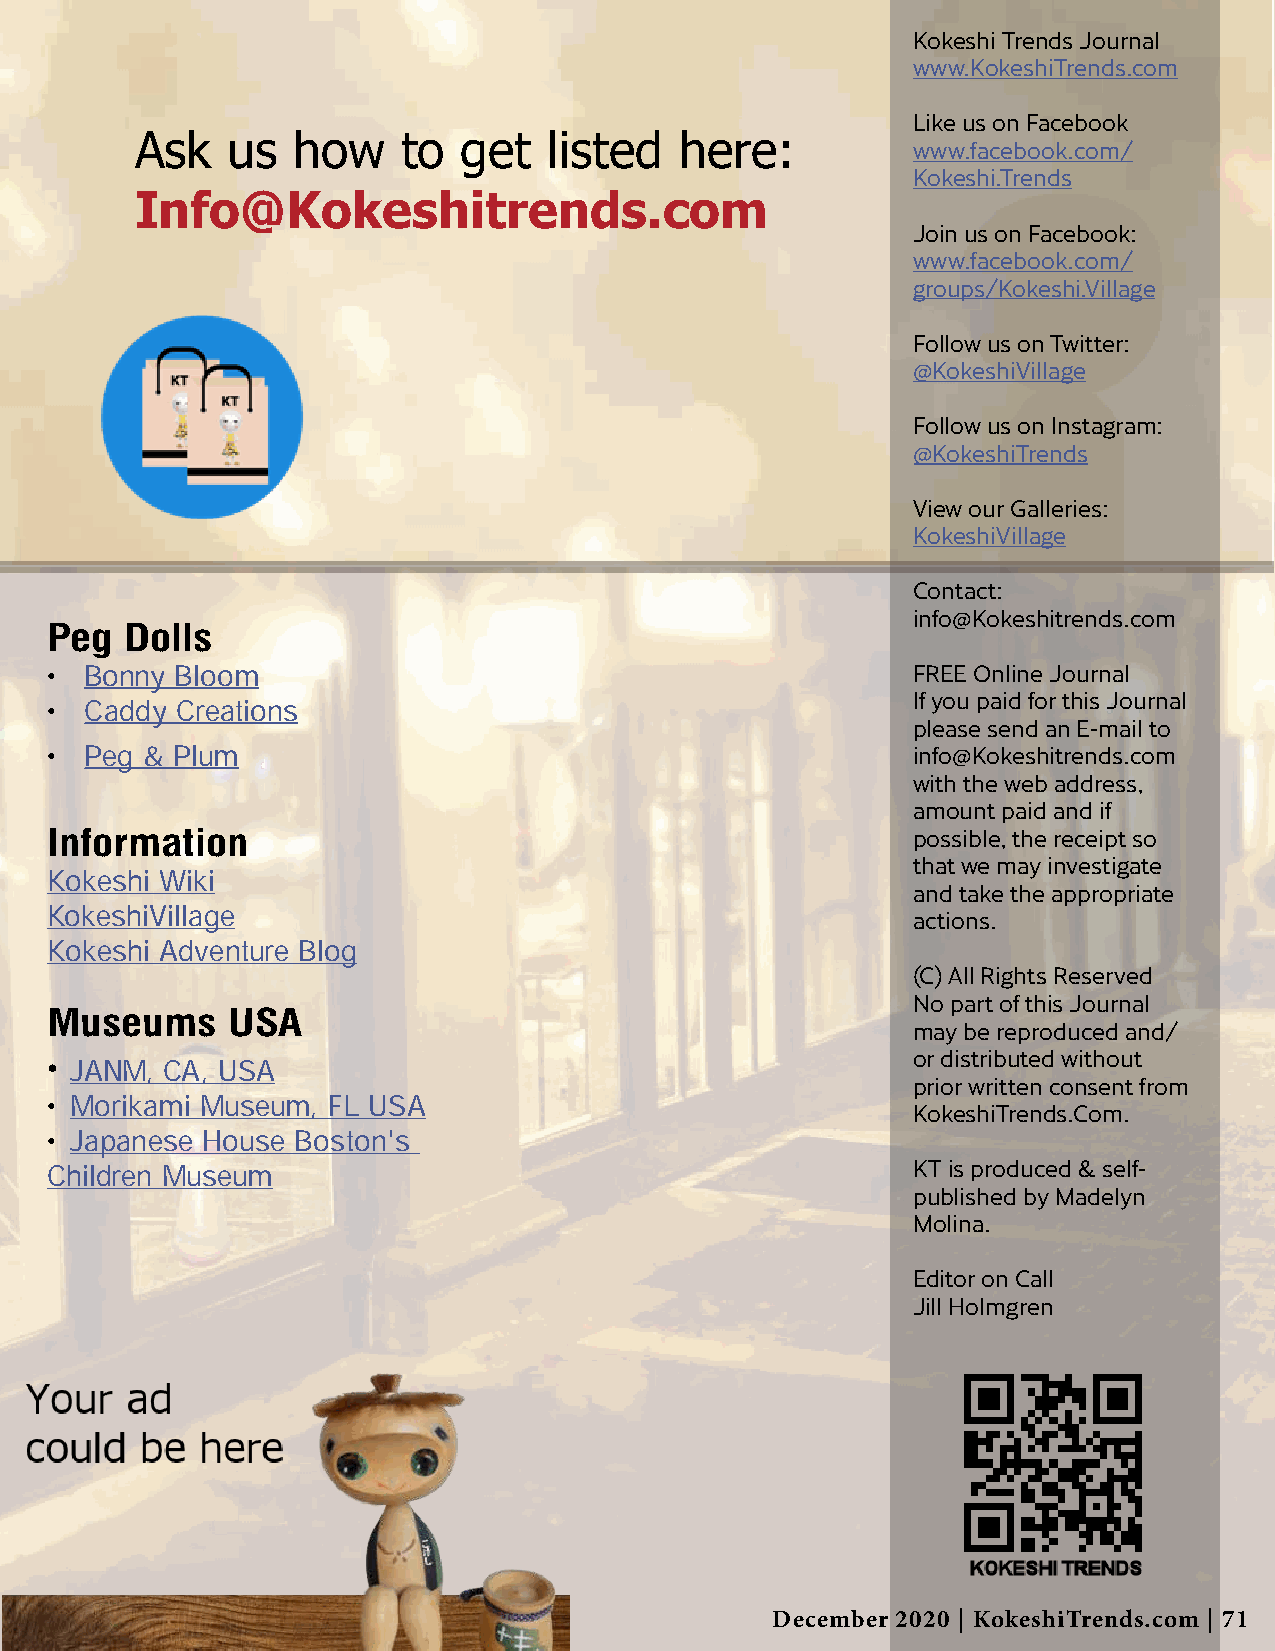
Kokeshi Trends Journal
 www.KokeshiTrends.com
 Like us on Facebook
 Ask   us  how     to  get  listed   here:          www.facebook.com/
 Kokeshi.Trends
 Info@Kokeshitrends.com
 Join us on Facebook:
 www.facebook.com/
 groups/Kokeshi.Village
 Follow us on Twitter:
 @KokeshiVillage
 Follow us on Instagram:
 @KokeshiTrends
 View our Galleries:
 KokeshiVillage
 Contact:
 info@Kokeshitrends.com
 Peg  Dolls
 •  Bonny Bloom                                           FREE Online Journal
 If you paid for this Journal
 •  Caddy Creations
 please send an E-mail to
 •  Peg & Plum                                            info@Kokeshitrends.com
 with the web address,
 amount paid and if
 Information                                              possible, the receipt so
 that we may investigate
 Kokeshi Wiki
 and take the appropriate
 KokeshiVillage
 actions.
 Kokeshi Adventure Blog
 (C) All Rights Reserved
 No part of this Journal
 Museums     USA
 may be reproduced and/
 •                                                        or distributed without
 JANM, CA, USA
 prior written consent from
 • Morikami Museum, FL USA
 KokeshiTrends.Com.
 • Japanese House Boston's
 Children Museum                                          KT is produced & self-
 published by Madelyn
 Molina.
 Editor on Call
 Jill Holmgren
 December 2020 | KokeshiTrends.com | 71